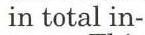
 in total in-